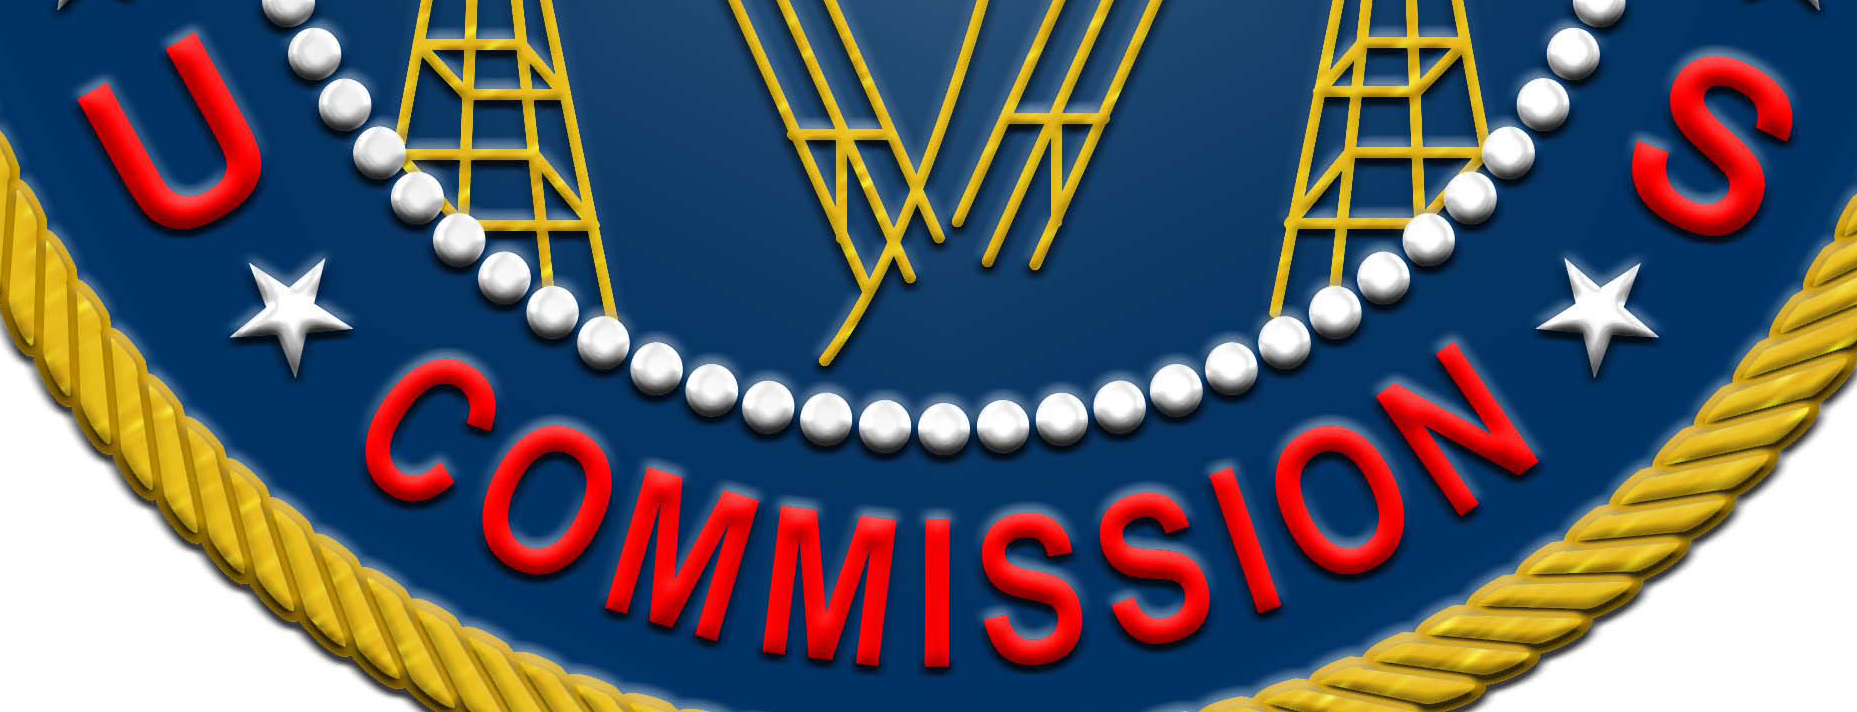
U COMMISSION S